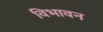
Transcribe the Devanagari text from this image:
विभावन